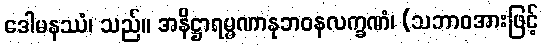
ဒေါမနဿံ၊ သည်။ အနိဋ္ဌာရမ္မဏာနုဘဝနလက္ခဏံ၊ (သဘာဝအားဖြင့်